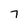
Character: 7